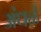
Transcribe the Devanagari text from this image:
अंधळे